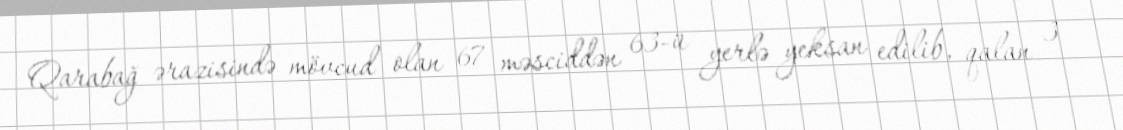
Qarabağ ərazisində mövcud olan 67 məsciddən 63-ü yerlə yeksan edilib, qalan 3